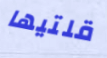
قلتيها